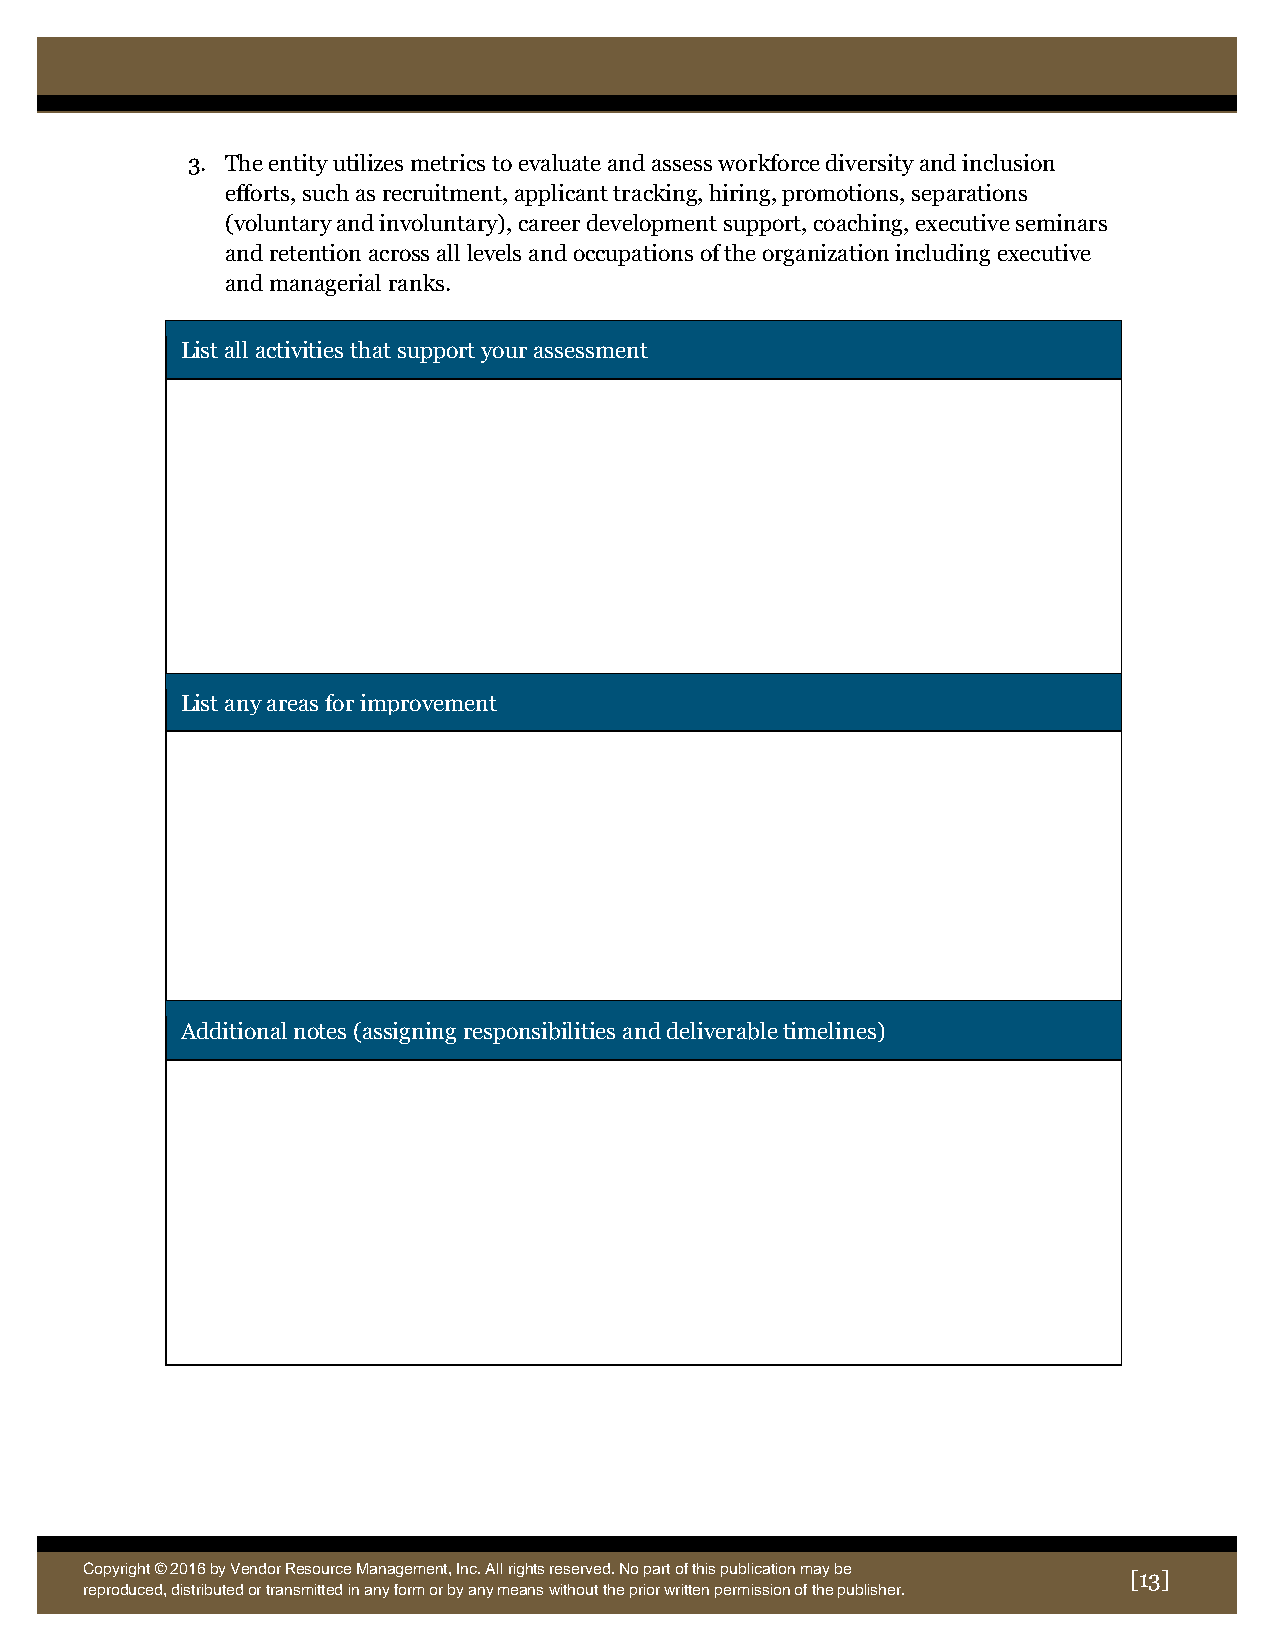
3. The entity utilizes metrics to evaluate and assess workforce diversity and inclusion
 efforts, such as recruitment, applicant tracking, hiring, promotions, separations
 (voluntary and involuntary), career development support, coaching, executive seminars
 and retention across all levels and occupations of the organization including executive
 and managerial ranks.
 List all activities that support your assessment
 List any areas for improvement
 Additional notes (assigning responsibilities and deliverable timelines)
 Copyright © 2016 by Vendor Resource Management, Inc. All rights reserved. No part of this publication may be
 [13]
 reproduce d, distributed or transmitted in any form or by any means without the prior written permission of the publisher.